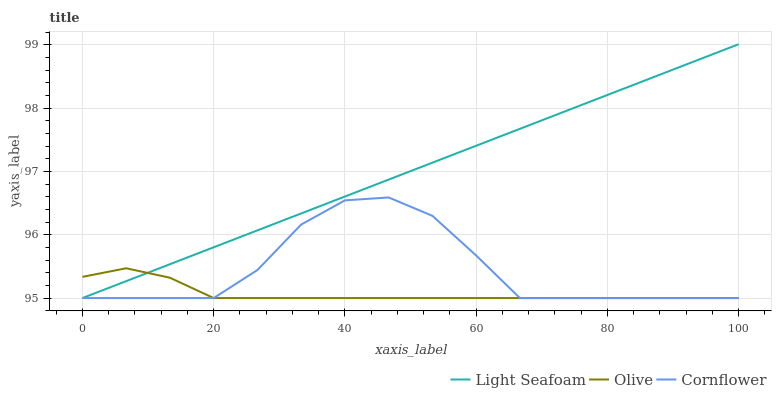
| xaxis_label | Light Seafoam | Olive | Cornflower |
 | --- | --- | --- | --- |
 | 0 | 95 | 95.3 | 95 |
 | 6.67 | 95.3 | 95.5 | 95 |
 | 13.3 | 95.5 | 95.3 | 95 |
 | 20 | 95.8 | 95 | 95 |
 | 26.7 | 96.1 | 95 | 95.4 |
 | 33.3 | 96.3 | 95 | 96.2 |
 | 40 | 96.6 | 95 | 96.5 |
 | 46.7 | 96.9 | 95 | 96.6 |
 | 53.3 | 97.1 | 95 | 96.3 |
 | 60 | 97.4 | 95 | 95.7 |
 | 66.7 | 97.7 | 95 | 95 |
 | 73.3 | 97.9 | 95 | 95 |
 | 80 | 98.2 | 95 | 95 |
 | 86.7 | 98.5 | 95 | 95 |
 | 93.3 | 98.7 | 95 | 95 |
 | 100 | 99 | 95 | 95 |